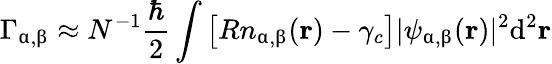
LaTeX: \Gamma_{\upalpha,\upbeta}\approx N^{-1}\frac{\hbar}{2}\int\left[Rn_{\upalpha,\upbeta}(\textbf{r})-\gamma_{c}\right]|\psi_{\upalpha,\upbeta}(\textbf{r})|^{2}\mathrm{d^{2}}\textbf{r}